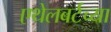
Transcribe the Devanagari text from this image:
एथेलबर्टच्या